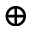
\oplus